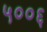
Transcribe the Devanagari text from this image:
५००६